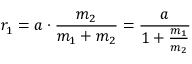
r _ { 1 } = a \cdot { \frac { m _ { 2 } } { m _ { 1 } + m _ { 2 } } } = { \frac { a } { 1 + { \frac { m _ { 1 } } { m _ { 2 } } } } }